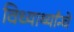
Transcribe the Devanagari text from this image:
विध्यार्थ्यांन्चे